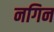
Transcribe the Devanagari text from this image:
नगिन